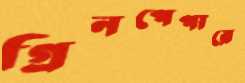
গ্রিনপেপারে